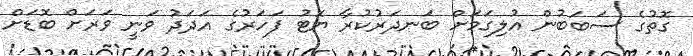
ގޮތުގެ ސަބަބުން އުލިގަމަށް ބަނދަރުކުރާ ޔޮޓު ފަހަރުގެ އަދަދު ވަނީ ވަރަށް ބޮޑަށް